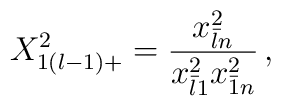
\displaystyle{X_{1(l-1)+}^{2}=\frac{x_{\bar{l}n}^{2}}{x_{\bar{l}1}^{2}x_{\bar{1}n}^{2}}}\,,